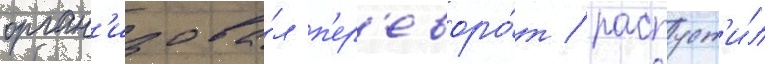
орган'изова́л п'ер'еворо́т / распуст'и́л